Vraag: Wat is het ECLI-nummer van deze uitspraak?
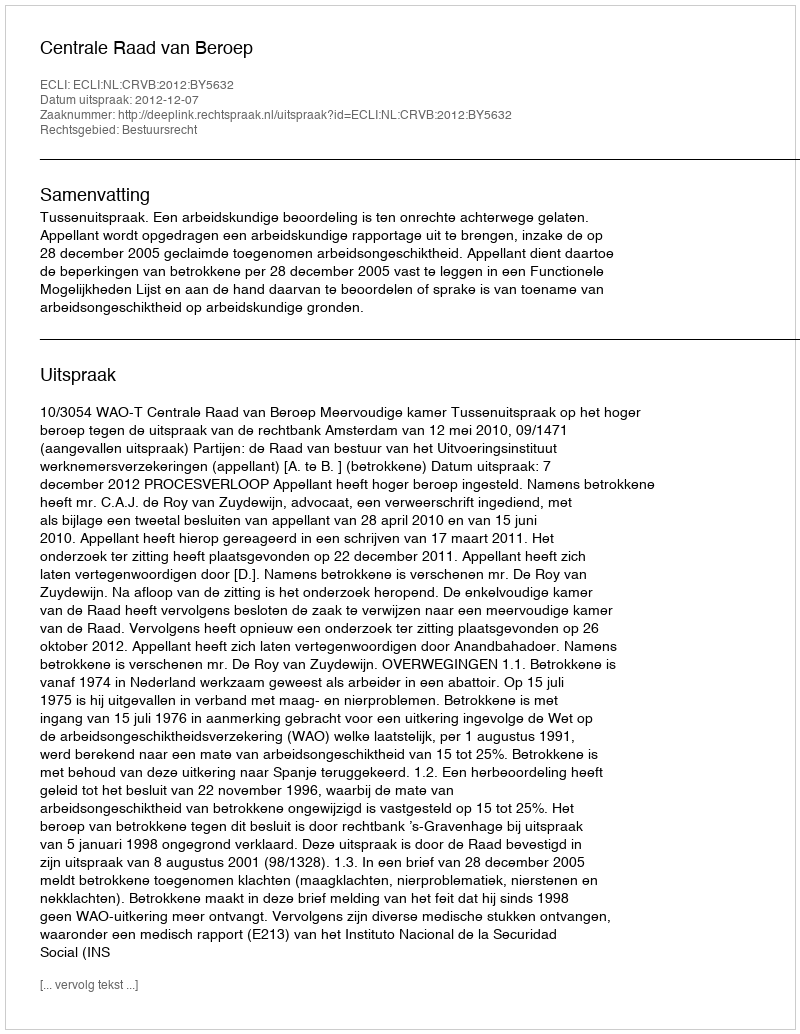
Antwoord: ECLI:NL:CRVB:2012:BY5632